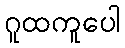
ဂူထကူပေါ